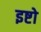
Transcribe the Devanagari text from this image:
इष्टो